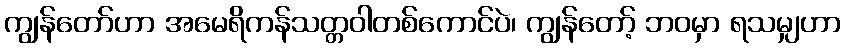
ကျွန်တော်ဟာ အမေရိကန်သတ္တဝါတစ်ကောင်ပဲ၊ ကျွန်တော့် ဘဝမှာ ရသမျှဟာ